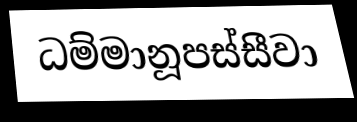
ධම්මානූපස්සීවා